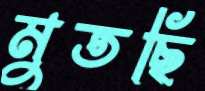
মুতছি